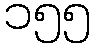
၁၅၅